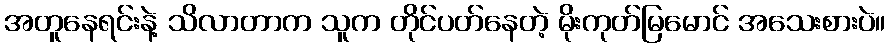
အတူနေရင်းနဲ့ သိလာတာက သူက တိုင်ပတ်နေတဲ့ မိုးကုတ်မြမောင် အသေးစားပဲ။